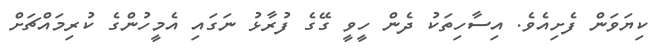
ކިޔަވަން ފެށިއެވެ. އިސާހިތަކު ދެން ހީވީ ގޭގެ ފުރާޅު ނަގައި އެމީހުންގެ ކުރިމައްޗަށް